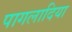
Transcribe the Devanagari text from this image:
पागलादिया